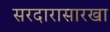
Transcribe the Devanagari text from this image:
सरदारासारखा